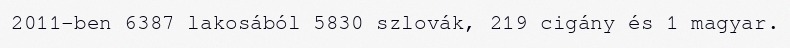
2011-ben 6387 lakosából 5830 szlovák, 219 cigány és 1 magyar.